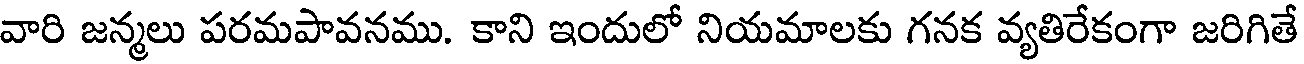
వారి జన్మలు పరమపావనము. కాని ఇందులో నియమాలకు గనక వ్యతిరేకంగా జరిగితే